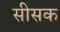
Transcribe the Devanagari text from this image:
सीसक